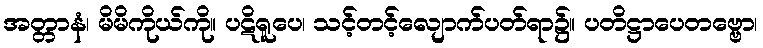
အတ္တာနံ၊ မိမိကိုယ်ကို။ ပဋိရူပေ၊ သင့်တင့်လျောက်ပတ်ရာ၌။ ပတိဋ္ဌာပေတဗ္ဗော၊